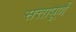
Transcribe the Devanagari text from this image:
सत्तापूर्ण